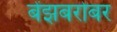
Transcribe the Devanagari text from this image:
बेंझबरोबर